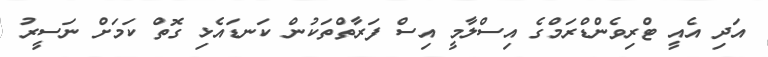
އަދި އެއީ ޓްރިވެންޑްރަމްގެ އިސްލާމީ އިސް ފަރާތްތަކުން ކަނޑައެޅި ގޮތް ކަމަށް ނަސީރު